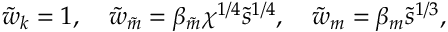
\tilde { w } _ { k } = 1 , \quad \tilde { w } _ { \tilde { m } } = \beta _ { \tilde { m } } \chi ^ { 1 / 4 } \tilde { s } ^ { 1 / 4 } , \quad \tilde { w } _ { m } = \beta _ { m } \tilde { s } ^ { 1 / 3 } ,